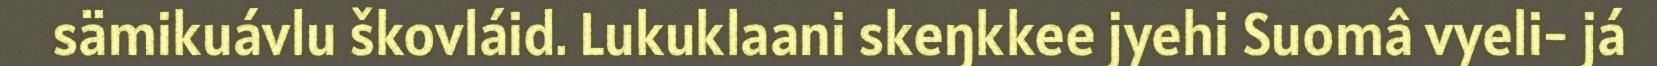
sämikuávlu škovláid. Lukuklaani skeŋkkee jyehi Suomâ vyeli- já